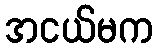
အငယ်မက